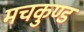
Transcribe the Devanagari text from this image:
मचकुण्ड